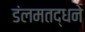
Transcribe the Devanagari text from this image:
डंलमतद्धने